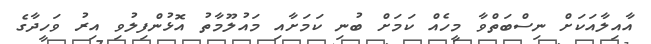
އާއިލާއަކަށް ނިސްބަތްވާ މީހެއް ކަމަށް ބުނި ކަމަށާއި މައުލޫމާތު އޮޅުންފިލުވި އިރު ވަހީދާގެ